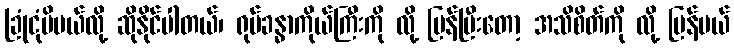
ခြုံငုံမိမယ်လို့ ဆိုနိုင်ပါတယ်၊ ရုပ်ခန္ဓာကိုယ်ကြီးကို လို့ ပြန်ပြီးတော့ အသိစိတ်ကို လို့ ပြန်မယ်